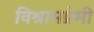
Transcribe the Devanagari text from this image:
विश्रामप्रेमी